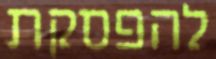
להפסקת